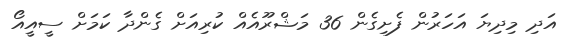
އަދި މިދިޔަ އަހަރުން ފެށިގެން 36 މަޝްރޫއެއް ކުރިއަށް ގެންދާ ކަމަށް ސީއީއޯ